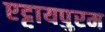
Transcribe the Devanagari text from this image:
एट्टायपुरम